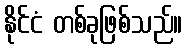
နိုင်ငံ တစ်ခုဖြစ်သည်။